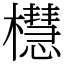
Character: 櫘